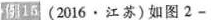
例16(2016·江苏)如图2-